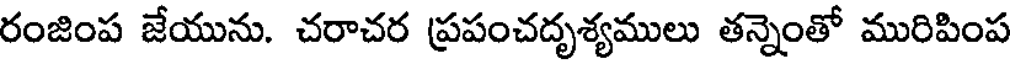
రంజింప జేయును. చరాచర ప్రపంచదృశ్యములు తన్నెంతో మురిపింప